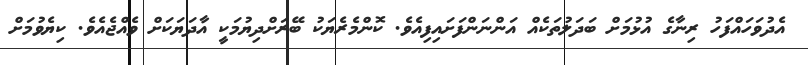
އެދުވަހައްފަހު ރިނާގެ އުޅުމަށް ބަދަލުތަކެއް އަންނަންފަށައިފިއެވެ. ކޮންމެރެޔަކު ބޭރަށްދިޔުމަކީ އާދަޔަކަށް ވެއްޖެއެވެ. ކިޔެވުމަށް